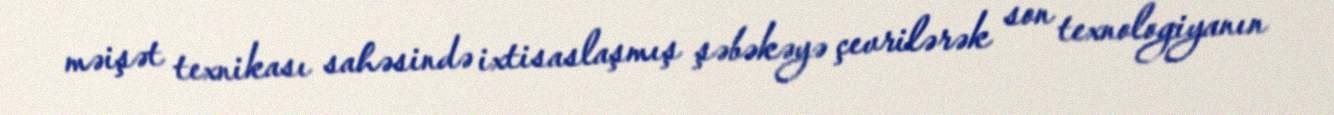
məişət texnikası sahəsində ixtisaslaşmış şəbəkəyə çevrilərək son texnologiyanın